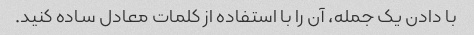
با دادن یک جمله، آن را با استفاده از کلمات معادل ساده کنید.